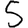
Digit: 5